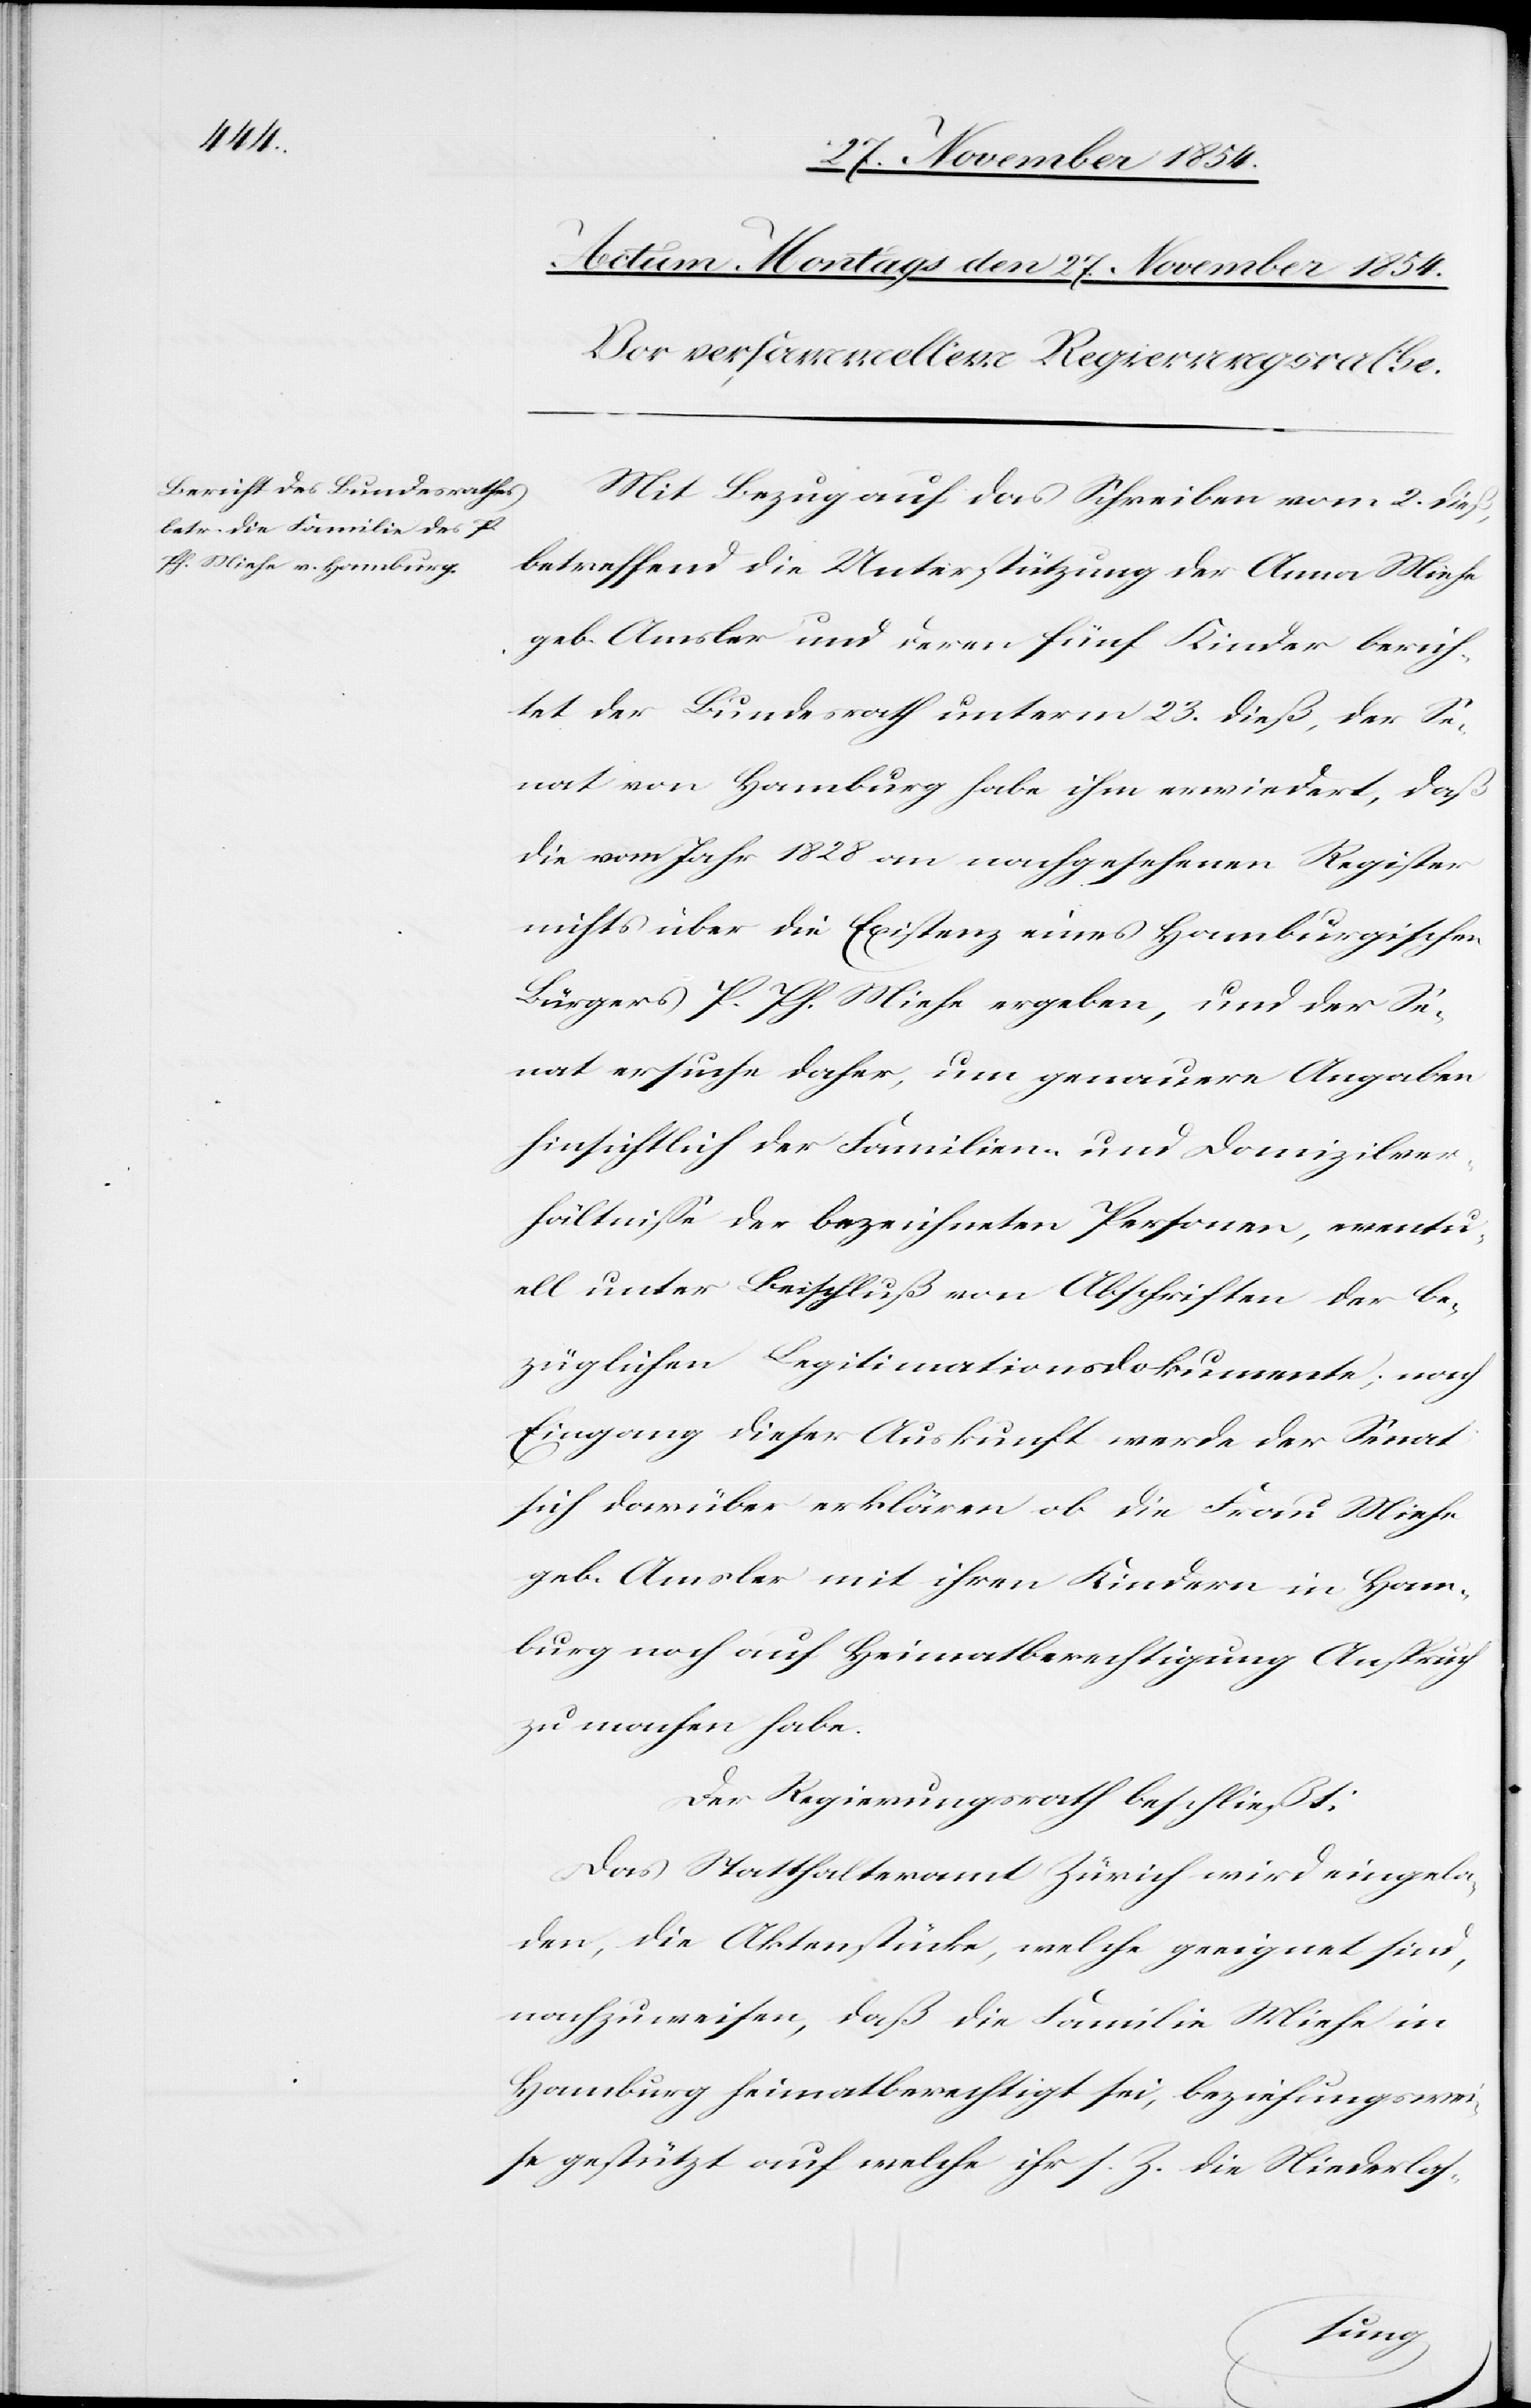
Mit Bezug auf das Schreiben vom 2. dieß,
betreffend die Unterstützung der Anna Miehe
geb. Amsler und deren fünf Kinder berich¬
tet der Bundesrath unterm 23. dieß, der Se¬
nat von Hamburg habe ihm erwiedert, daß
die vom Jahr 1828 an nachgesehenen Register
nichts über die Existenz eines Hamburgischen
Bürgers P. Ph. Miehe ergeben, und der Se¬
nat ersuche daher um genauere Angaben
hinsichtlich der Familien- und Domizilver¬
hältniße der bezeichneten Personen, eventu¬
ell unter Beischluß von Abschriften der be¬
züglichen Legitimationsdokumente; nach
Eingang dieser Auskunft werde der Senat
sich darüber erklären ob die Frau Miehe
geb. Amsler mit ihren Kindern in Ham¬
burg noch auf Heimatberechtigung Anspruch
zu machen habe.
Der Regierungsrath beschließt:
Das Statthalteramt Zürich wird eingela¬
den, die Aktenstücke, welche geeignet sind,
nachzuweisen, daß die Familie Miehe in
Hamburg heimatberechtigt sei, beziehungswei¬
se gestützt auf welche ihr s. Zt. die Niederlas-